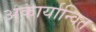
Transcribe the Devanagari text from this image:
अकार्यान्वित